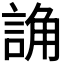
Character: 𧨖